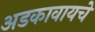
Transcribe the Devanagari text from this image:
अडकावायचे